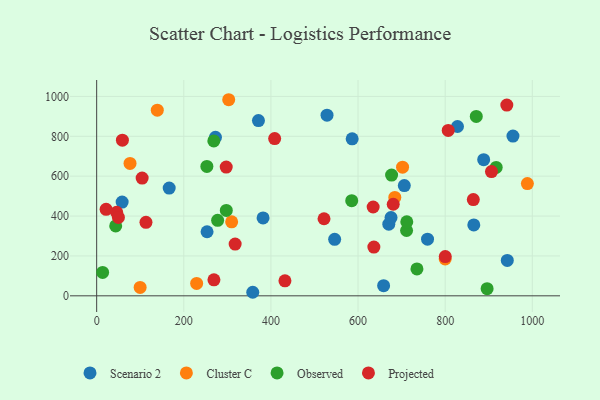
{"axis": {"x": "Investment", "y": "Yield"}, "legend": ["Cluster C", "Observed", "Projected", "Scenario 2"], "data": [{"x": "58.5", "y": 470.3, "type": "Scenario 2"}, {"x": "658.7", "y": 50.8, "type": "Scenario 2"}, {"x": "942.6", "y": 177.3, "type": "Scenario 2"}, {"x": "586.5", "y": 787.3, "type": "Scenario 2"}, {"x": "888.4", "y": 682.6, "type": "Scenario 2"}, {"x": "955.6", "y": 800.9, "type": "Scenario 2"}, {"x": "272.7", "y": 795.3, "type": "Scenario 2"}, {"x": "358.3", "y": 17.8, "type": "Scenario 2"}, {"x": "371.4", "y": 878.7, "type": "Scenario 2"}, {"x": "253.4", "y": 321.4, "type": "Scenario 2"}, {"x": "546.3", "y": 283.4, "type": "Scenario 2"}, {"x": "166.5", "y": 540.5, "type": "Scenario 2"}, {"x": "382.0", "y": 390.5, "type": "Scenario 2"}, {"x": "865.7", "y": 355.7, "type": "Scenario 2"}, {"x": "528.8", "y": 906.0, "type": "Scenario 2"}, {"x": "670.6", "y": 359.5, "type": "Scenario 2"}, {"x": "828.3", "y": 849.1, "type": "Scenario 2"}, {"x": "706.2", "y": 552.7, "type": "Scenario 2"}, {"x": "675.7", "y": 392.6, "type": "Scenario 2"}, {"x": "759.5", "y": 284.1, "type": "Scenario 2"}, {"x": "229.5", "y": 62.0, "type": "Cluster C"}, {"x": "800.0", "y": 185.0, "type": "Cluster C"}, {"x": "303.1", "y": 983.4, "type": "Cluster C"}, {"x": "309.9", "y": 371.2, "type": "Cluster C"}, {"x": "76.6", "y": 664.1, "type": "Cluster C"}, {"x": "702.2", "y": 645.4, "type": "Cluster C"}, {"x": "139.2", "y": 931.1, "type": "Cluster C"}, {"x": "988.7", "y": 563.1, "type": "Cluster C"}, {"x": "99.8", "y": 42.3, "type": "Cluster C"}, {"x": "684.4", "y": 493.4, "type": "Cluster C"}, {"x": "585.5", "y": 477.1, "type": "Observed"}, {"x": "917.1", "y": 643.9, "type": "Observed"}, {"x": "297.6", "y": 428.2, "type": "Observed"}, {"x": "43.7", "y": 350.5, "type": "Observed"}, {"x": "735.2", "y": 134.8, "type": "Observed"}, {"x": "871.4", "y": 899.7, "type": "Observed"}, {"x": "13.7", "y": 117.3, "type": "Observed"}, {"x": "253.0", "y": 648.7, "type": "Observed"}, {"x": "268.9", "y": 776.9, "type": "Observed"}, {"x": "711.4", "y": 327.5, "type": "Observed"}, {"x": "896.3", "y": 35.9, "type": "Observed"}, {"x": "677.0", "y": 605.5, "type": "Observed"}, {"x": "711.9", "y": 370.9, "type": "Observed"}, {"x": "277.7", "y": 378.7, "type": "Observed"}, {"x": "432.2", "y": 75.2, "type": "Projected"}, {"x": "59.1", "y": 780.6, "type": "Projected"}, {"x": "45.9", "y": 418.7, "type": "Projected"}, {"x": "680.8", "y": 459.2, "type": "Projected"}, {"x": "269.2", "y": 80.2, "type": "Projected"}, {"x": "906.3", "y": 623.2, "type": "Projected"}, {"x": "49.9", "y": 393.1, "type": "Projected"}, {"x": "104.4", "y": 590.3, "type": "Projected"}, {"x": "634.7", "y": 445.4, "type": "Projected"}, {"x": "113.2", "y": 368.5, "type": "Projected"}, {"x": "864.6", "y": 482.8, "type": "Projected"}, {"x": "317.9", "y": 259.7, "type": "Projected"}, {"x": "800.2", "y": 196.7, "type": "Projected"}, {"x": "636.3", "y": 244.7, "type": "Projected"}, {"x": "21.7", "y": 433.8, "type": "Projected"}, {"x": "521.9", "y": 386.4, "type": "Projected"}, {"x": "408.6", "y": 788.8, "type": "Projected"}, {"x": "297.4", "y": 645.6, "type": "Projected"}, {"x": "941.5", "y": 956.4, "type": "Projected"}, {"x": "807.0", "y": 829.6, "type": "Projected"}]}